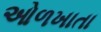
ઓળખાતા